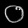
Digit: ၀